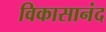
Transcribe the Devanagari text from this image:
विकासानंद